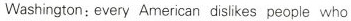
Washington: every American disikes people who